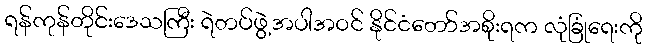
ရန်ကုန်တိုင်းဒေသကြီး ရဲတပ်ဖွဲ့အပါအဝင် နိုင်ငံတော်အစိုးရက လုံခြုံရေးကို